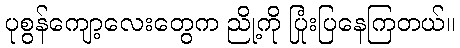
ပုစွန်ကျော့လေးတွေက ညို့ကို ပြုံးပြနေကြတယ်။